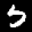
Label: 5